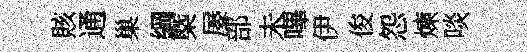
賅通巢綱槩屡部未嗶伊俊怨煉啖